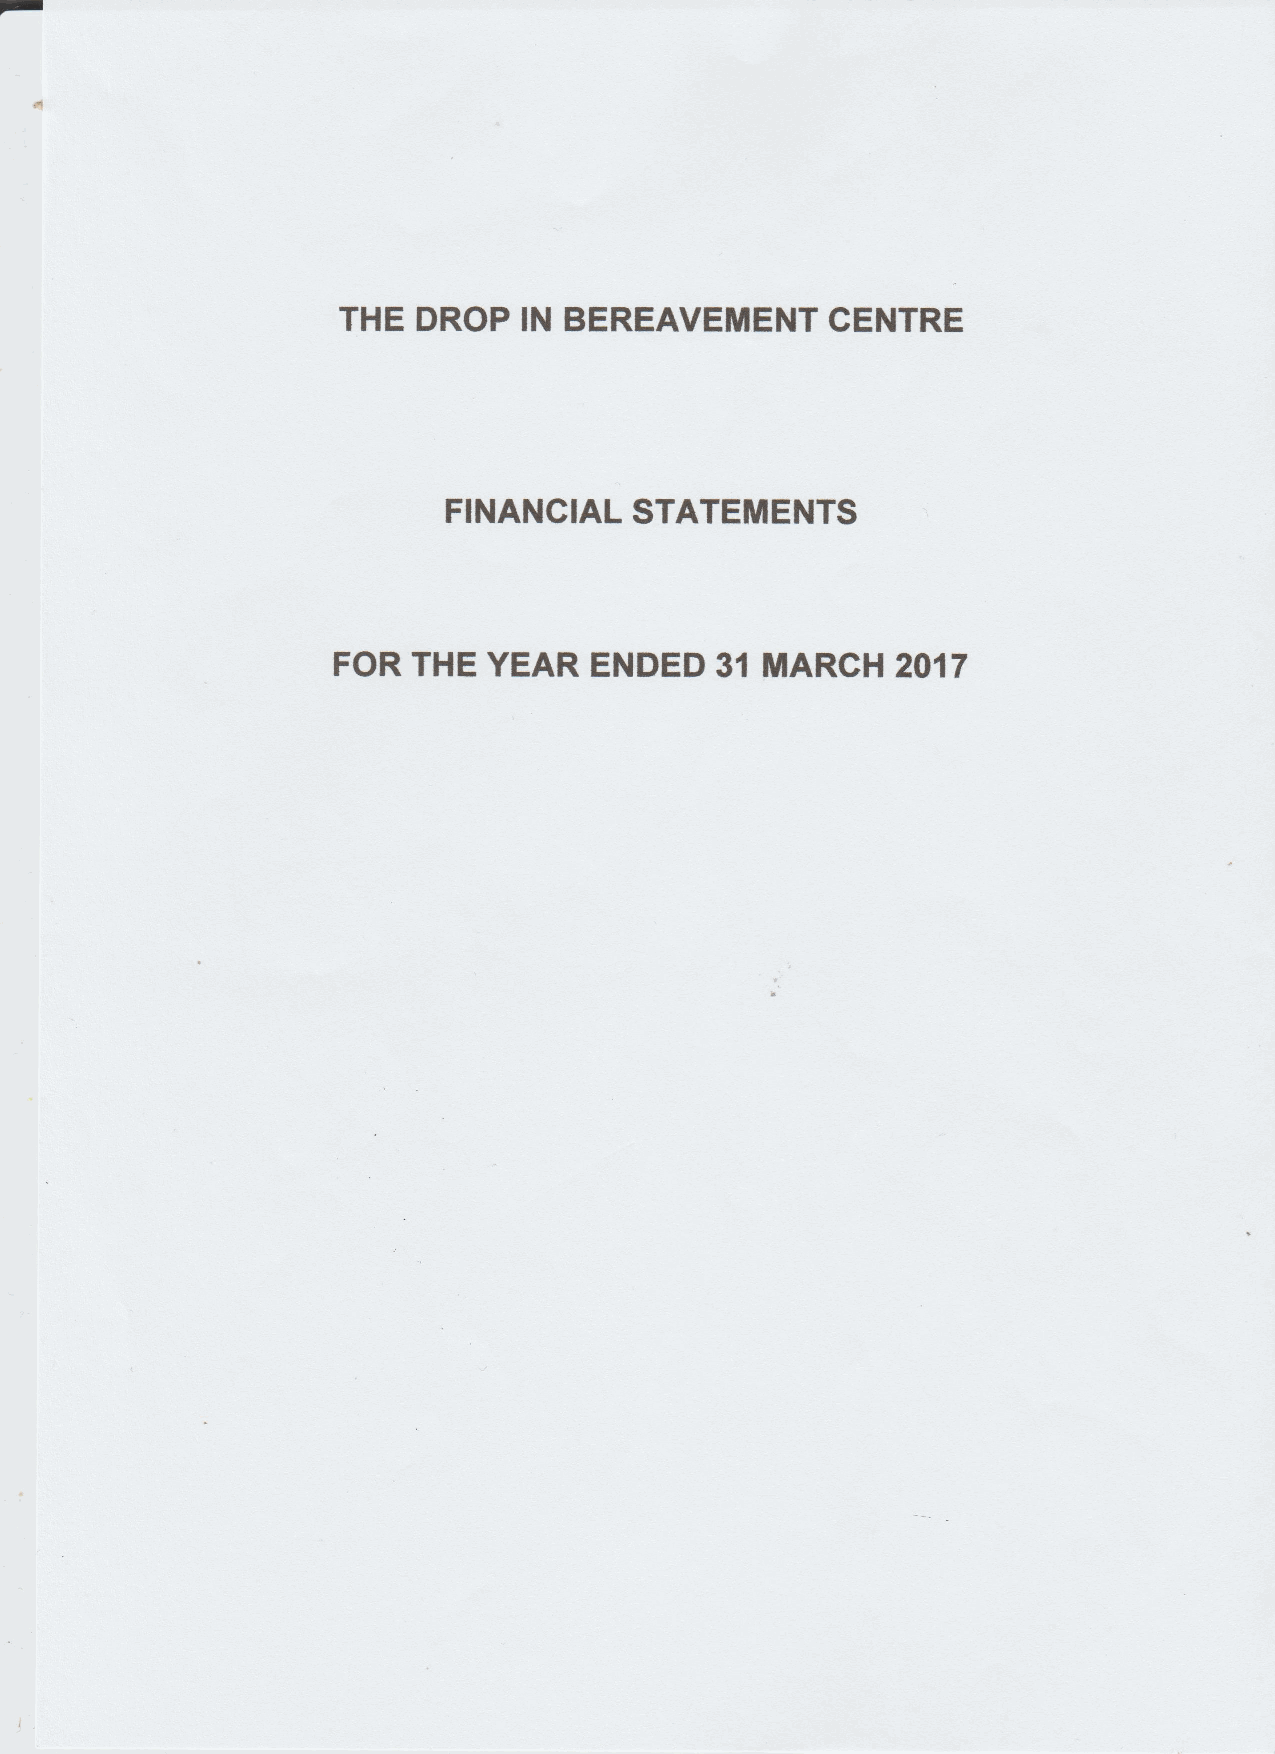
THE   DROP   IN BEREAVEINENT     CENTRE
 FINANCIAL    STATEINENTS
 FOR  THE  YEAR   ENDED   31  INARCH  2017